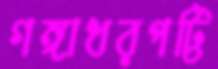
গঙ্গাধরপট্টি